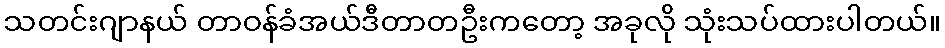
သတင်းဂျာနယ် တာဝန်ခံအယ်ဒီတာတဦးကတော့ အခုလို သုံးသပ်ထားပါတယ်။